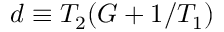
d \equiv T _ { 2 } ( G + 1 / T _ { 1 } )